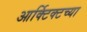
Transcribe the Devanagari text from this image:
आर्क्टिक्टच्या